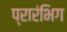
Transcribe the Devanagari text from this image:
प्रारंभिग